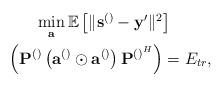
LaTeX: \begin{align*}\begin{gathered}\min_{\mathbf{a}} \mathbb{E}\left[\lVert\mathbf{s}^{\left(\right)}-\mathbf{y}'\rVert^2\right]\\~~\left(\mathbf{P}^{\left(\right)}\left(\mathbf{a}^{\left(\right)}\odot \mathbf{a}^{\left(\right)}\right)\mathbf{P}^{\left(\right)^{H}}\right)=E_{tr},\end{gathered} \end{align*}